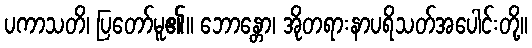
ပကာသတိ၊ ပြတော်မူ၏။ ဘောန္တော၊ အိုတရားနာပရိသတ်အပေါင်းတို့။